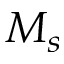
M _ { s }